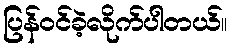
ပြန်ဝင်ခဲ့လိုက်ပါတယ်။